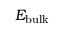
E _ { \mathrm { b u l k } }